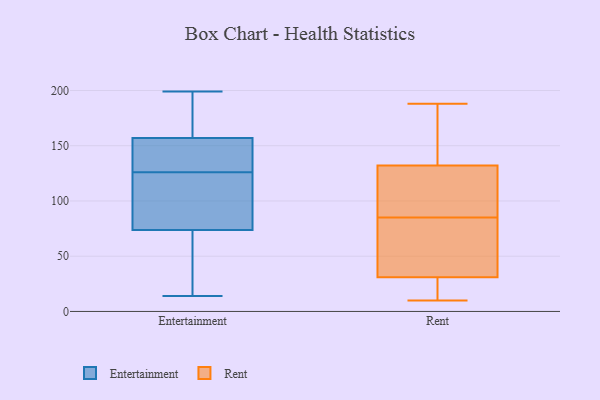
{"axis": {"x": "Budget (USD K)", "y": "Value"}, "legend": ["Entertainment", "Rent"], "data": [{"x": "", "y": 68, "type": "Entertainment"}, {"x": "", "y": 144, "type": "Entertainment"}, {"x": "", "y": 164, "type": "Entertainment"}, {"x": "", "y": 31, "type": "Entertainment"}, {"x": "", "y": 196, "type": "Entertainment"}, {"x": "", "y": 149, "type": "Entertainment"}, {"x": "", "y": 151, "type": "Entertainment"}, {"x": "", "y": 125, "type": "Entertainment"}, {"x": "", "y": 166, "type": "Entertainment"}, {"x": "", "y": 91, "type": "Entertainment"}, {"x": "", "y": 199, "type": "Entertainment"}, {"x": "", "y": 106, "type": "Entertainment"}, {"x": "", "y": 159, "type": "Entertainment"}, {"x": "", "y": 126, "type": "Entertainment"}, {"x": "", "y": 18, "type": "Entertainment"}, {"x": "", "y": 14, "type": "Entertainment"}, {"x": "", "y": 138, "type": "Entertainment"}, {"x": "", "y": 103, "type": "Entertainment"}, {"x": "", "y": 26, "type": "Entertainment"}, {"x": "", "y": 16, "type": "Rent"}, {"x": "", "y": 179, "type": "Rent"}, {"x": "", "y": 74, "type": "Rent"}, {"x": "", "y": 10, "type": "Rent"}, {"x": "", "y": 117, "type": "Rent"}, {"x": "", "y": 31, "type": "Rent"}, {"x": "", "y": 10, "type": "Rent"}, {"x": "", "y": 68, "type": "Rent"}, {"x": "", "y": 19, "type": "Rent"}, {"x": "", "y": 188, "type": "Rent"}, {"x": "", "y": 43, "type": "Rent"}, {"x": "", "y": 167, "type": "Rent"}, {"x": "", "y": 125, "type": "Rent"}, {"x": "", "y": 102, "type": "Rent"}, {"x": "", "y": 181, "type": "Rent"}, {"x": "", "y": 79, "type": "Rent"}, {"x": "", "y": 91, "type": "Rent"}, {"x": "", "y": 132, "type": "Rent"}]}